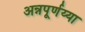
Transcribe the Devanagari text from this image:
अन्नपूर्णय्या